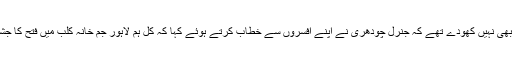
ابھی مورچے بھی نہیں کھودے تھے کہ جنرل چودھری نے اپنے افسروں سے خطاب کرتے ہوئے کہا کہ کل ہم لاہور جم خانہ کلب میں فتح کا جشن منائیں گے ۔